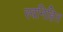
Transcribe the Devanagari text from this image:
स्वनिहित